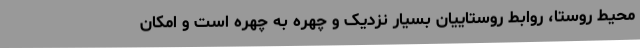
محیط روستا، روابط روستاییان بسیار نزدیک و چهره به چهره است و امکان